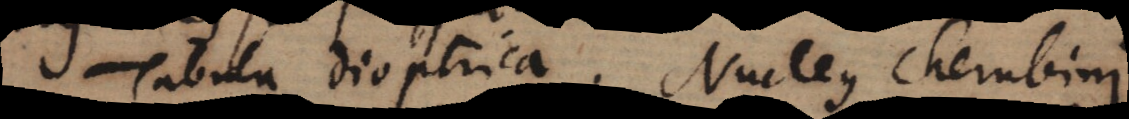
Tabula dioptrica. Nucleus Cherubini.